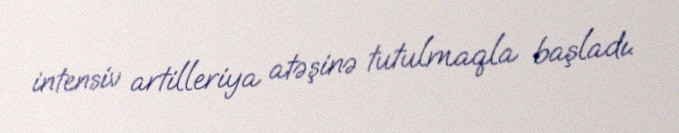
intensiv artilleriya atəşinə tutulmaqla başladı.